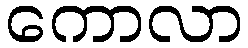
ကောလာ